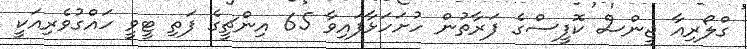
ގްލޯރިއާ ޖީންސް ކޮފީސްގެ ފަރާތުން ހުށަހަޅާފައިވާ 65 އިންޗީގެ ފަތި ޓީވީ ހައްގުވެރިއަކީ